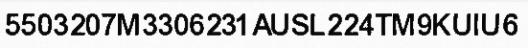
5503207M3306231AUSL224TM9KUIU6